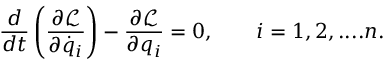
\frac { d } { d t } \left( \frac { \partial \mathcal { L } } { \partial \dot { q } _ { i } } \right) - \frac { \partial \mathcal { L } } { \partial q _ { i } } = 0 , \qquad i = 1 , 2 , . . . . n .